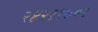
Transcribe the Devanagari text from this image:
२४२११७०१